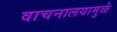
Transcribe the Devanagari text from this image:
वाचनालयामुळे